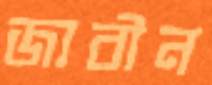
জাবীন